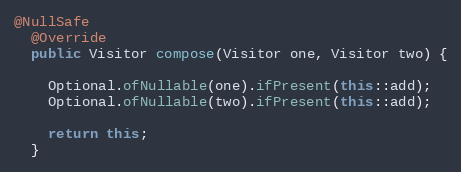
Language: Java
@NullSafe
  @Override
  public Visitor compose(Visitor one, Visitor two) {

    Optional.ofNullable(one).ifPresent(this::add);
    Optional.ofNullable(two).ifPresent(this::add);

    return this;
  }